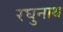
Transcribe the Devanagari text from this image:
रघुनाथ